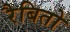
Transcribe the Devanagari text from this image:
रैबितो